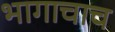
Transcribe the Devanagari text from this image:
भागाचाच